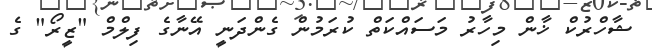
ޝާހްރުކް ޚާން މިހާރު މަސައްކަތް ކުރަމުން ގެންދަނީ އޭނާގެ ފިލްމް "ޒީރޯ" ގެ